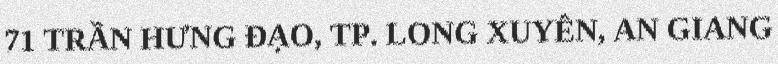
71 TRẦN HƯNG ĐẠO, TP. LONG XUYÊN, AN GIANG